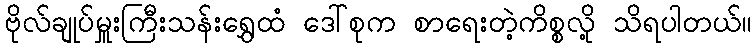
ဗိုလ်ချုပ်မှူးကြီးသန်းရွှေထံ ဒေါ်စုက စာရေးတဲ့ကိစ္စလို့ သိရပါတယ်။